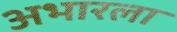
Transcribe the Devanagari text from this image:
अभारला